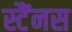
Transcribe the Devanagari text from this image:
स्टैंनस